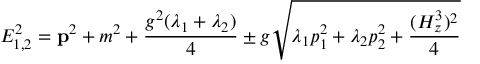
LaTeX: E _ { 1 , 2 } ^ { 2 } = { \bf p } ^ { 2 } + m ^ { 2 } + \frac { g ^ { 2 } ( \lambda _ { 1 } + \lambda _ { 2 } ) } { 4 } \pm g \sqrt { \lambda _ { 1 } p _ { 1 } ^ { 2 } + \lambda _ { 2 } p _ { 2 } ^ { 2 } + \frac { ( H _ { z } ^ { 3 } ) ^ { 2 } } { 4 } }